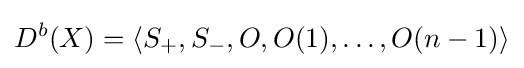
D^{b}(X)=\langle S_{+},S_{-},O,O(1),\ldots ,O(n-1)\rangle